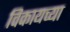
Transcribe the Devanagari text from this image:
विकायच्या